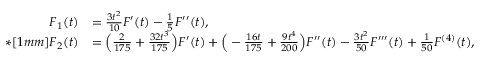
\begin{array} { r l } { F _ { 1 } ( t ) } & { = \frac { 3 t ^ { 2 } } { 1 0 } F ^ { \prime } ( t ) - \frac { 1 } { 5 } F ^ { \prime \prime } ( t ) , } \\ { * [ 1 m m ] F _ { 2 } ( t ) } & { = \Big ( \frac { 2 } { 1 7 5 } + \frac { 3 2 t ^ { 3 } } { 1 7 5 } \Big ) F ^ { \prime } ( t ) + \Big ( - \frac { 1 6 t } { 1 7 5 } + \frac { 9 t ^ { 4 } } { 2 0 0 } \Big ) F ^ { \prime \prime } ( t ) - \frac { 3 t ^ { 2 } } { 5 0 } F ^ { \prime \prime \prime } ( t ) + \frac { 1 } { 5 0 } F ^ { ( 4 ) } ( t ) , } \end{array}